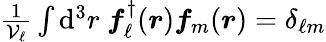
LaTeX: \begin{array}{r}{\frac{1}{\mathcal{V}_{\ell}}\int\mathrm{d}^{3}r~\boldsymbol{f}_{\ell}^{\dagger}(\boldsymbol{r})\boldsymbol{f}_{m}(\boldsymbol{r})=\delta_{\ell m}}\end{array}